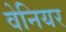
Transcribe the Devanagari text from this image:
वेनियर